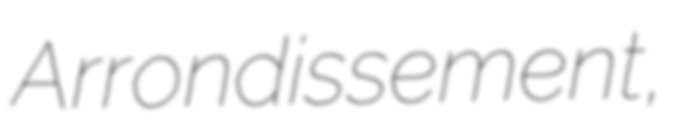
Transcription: Arrondissement,